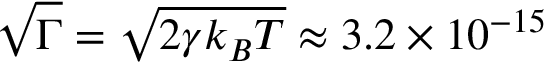
\sqrt { \Gamma } = \sqrt { 2 \gamma k _ { B } T } \approx 3 . 2 \times 1 0 ^ { - 1 5 }